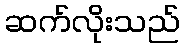
ဆက်လိုးသည်